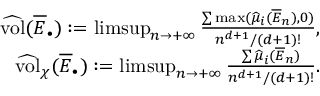
\begin{array} { r } { \widehat { \mathrm { v o l } } ( \overline { E } _ { \bullet } ) : = \operatorname* { l i m s u p } _ { n \rightarrow + \infty } \frac { \sum \operatorname* { m a x } ( \widehat { \mu } _ { i } ( \overline { E } _ { n } ) , 0 ) } { n ^ { d + 1 } / ( d + 1 ) ! } , } \\ { \widehat { \mathrm { v o l } } _ { \chi } ( \overline { E } _ { \bullet } ) : = \operatorname* { l i m s u p } _ { n \rightarrow + \infty } \frac { \sum \widehat { \mu } _ { i } ( \overline { E } _ { n } ) } { n ^ { d + 1 } / ( d + 1 ) ! } . } \end{array}